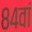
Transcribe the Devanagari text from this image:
८४वां